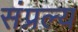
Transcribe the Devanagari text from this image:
संप्रल्य